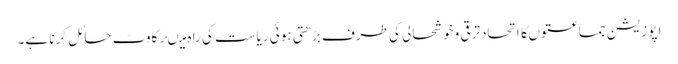
اپوزیشن جماعتوںکااتحادترقی وخوشحالی کی طرف بڑھتی ہوئی ریاست کی را ہ میںرکاوٹ حائل کرنا ہے۔